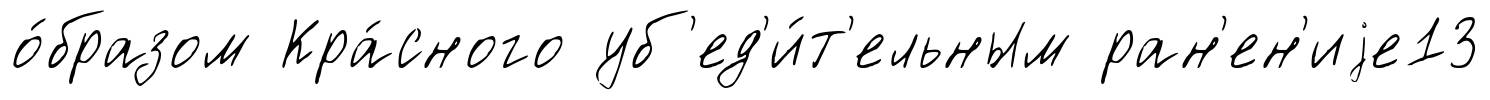
о́бразом Кра́сного уб'ед'и́т'ельным ран'ен'иjе13